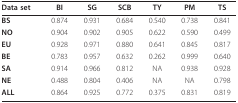
<table><thead><tr><td><b>Data set</b></td><td><b>BI</b></td><td><b>SG</b></td><td><b>SCB</b></td><td><b>TY</b></td><td><b>PM</b></td><td><b>TS</b></td></tr></thead><tbody><tr><td><b>BS</b></td><td>0.874</td><td>0.931</td><td>0.684</td><td>0.540</td><td>0.738</td><td>0.841</td></tr><tr><td><b>NO</b></td><td>0.904</td><td>0.902</td><td>0.905</td><td>0.622</td><td>0.590</td><td>0.499</td></tr><tr><td><b>EU</b></td><td>0.928</td><td>0.971</td><td>0.880</td><td>0.641</td><td>0.845</td><td>0.817</td></tr><tr><td><b>BE</b></td><td>0.783</td><td>0.957</td><td>0.632</td><td>0.262</td><td>0.999</td><td>0.640</td></tr><tr><td><b>SA</b></td><td>0.914</td><td>0.966</td><td>0.812</td><td>NA</td><td>0.938</td><td>0.928</td></tr><tr><td><b>NE</b></td><td>0.488</td><td>0.804</td><td>0.406</td><td>NA</td><td>NA</td><td>0.798</td></tr><tr><td><b>ALL</b></td><td>0.864</td><td>0.925</td><td>0.772</td><td>0.375</td><td>0.831</td><td>0.819</td></tr></tbody></table>